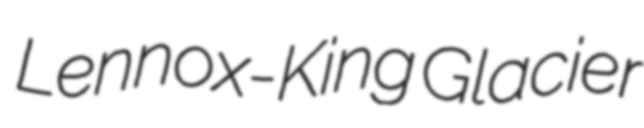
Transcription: Lennox-King Glacier